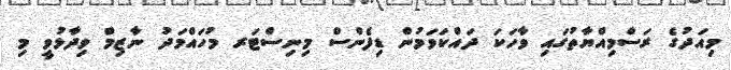
މިއަދުގެ ރަސްމިއްޔާތުގައި ވާހަކަ ދައްކަވަމުން ޑިފެންސް މިނިސްޓަރ މުހައްމަދު ނާޒިމް ވިދާޅުވީ މި